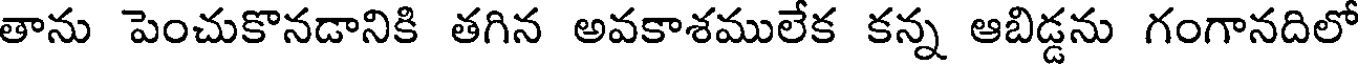
తాను పెంచుకొనడానికి తగిన అవకాశములేక కన్న ఆబిడ్డను గంగానదిలో